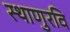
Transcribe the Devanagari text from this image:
स्थाणुरवि